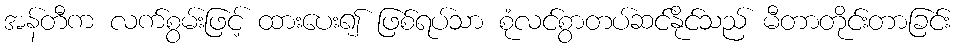
အန်တီက လက်စွမ်းဖြင့် ထားပေး၍ ဖြစ်ရပ်သာ စုံလင်စွာတပ်ဆင်နိုင်သည် မီတာတိုင်းတာခြင်း